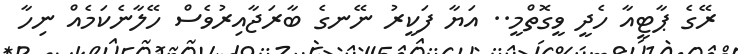
ރޭގެ ޕާޓީއާ ހެދީ ވީގޮތްމީ.. އަޔާ ފަކީރު ނޭނގެ ބާރަޖާއިރުވެސް ހޭލާނެކަމެއް ނިހާ